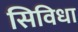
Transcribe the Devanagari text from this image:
सिविधा